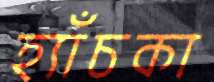
হ্যাঁচকা